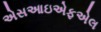
એસઆઇએફએલ